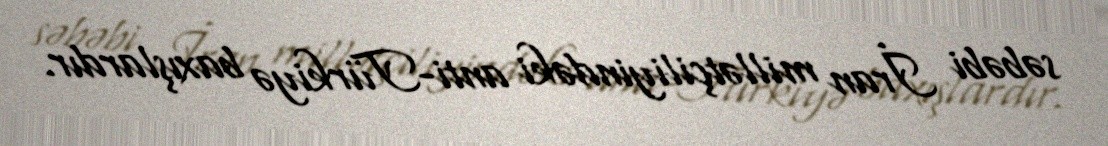
səbəbi İran millətçiliyindəki anti-Türkiyə baxışlardır.